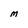
Character: M